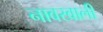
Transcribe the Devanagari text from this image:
नावखाली